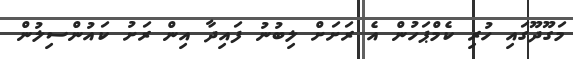
މަގޫދޫގައި ހުރި ކެމްޕަހުން އެ ރަށަށް ލިބުނު ފައިދާ އިން ރަށު ކައުންސިލުން